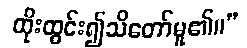
ထိုးထွင်း၍သိတော်မူ၏။”